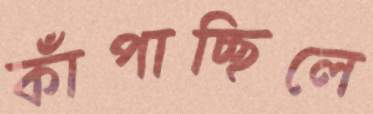
কাঁপাচ্ছিলে